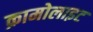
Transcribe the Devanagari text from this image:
क्रामोलाइट